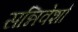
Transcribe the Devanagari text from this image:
सन्निवेशों